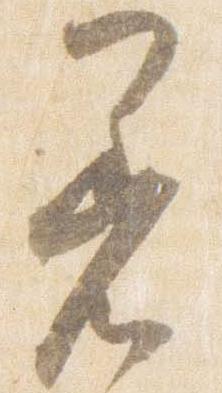
着